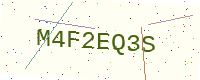
Text: M4F2EQ3S